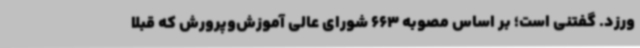
ورزد. گفتنی است؛ بر اساس مصوبه 663 شورای عالی آموزش‌وپرورش که قبلاً